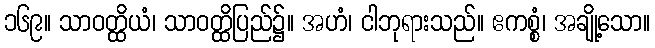
၁၆၉။ သာဝတ္ထိယံ၊ သာဝတ္ထိပြည်၌။ အဟံ၊ ငါဘုရားသည်။ ဧကစ္စံ၊ အချို့သော။